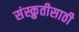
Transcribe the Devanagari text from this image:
संस्क्रुतीसाठी